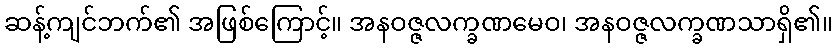
ဆန့်ကျင်ဘက်၏ အဖြစ်ကြောင့်။ အနဝဇ္ဇလက္ခဏမေဝ၊ အနဝဇ္ဇလက္ခဏသာရှိ၏။